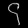
Digit: ၄